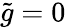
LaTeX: \tilde{g}=0